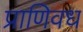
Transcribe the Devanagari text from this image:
प्राणिवध